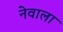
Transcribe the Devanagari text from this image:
नेवाला